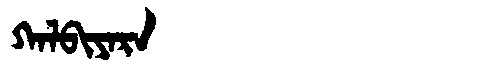
Manchu: ᡴᠠᠯᠪᡳᠶᠠᡵᠠ
Romanization: KALBIYARA